Report of the veterinary officer investigating camel disease
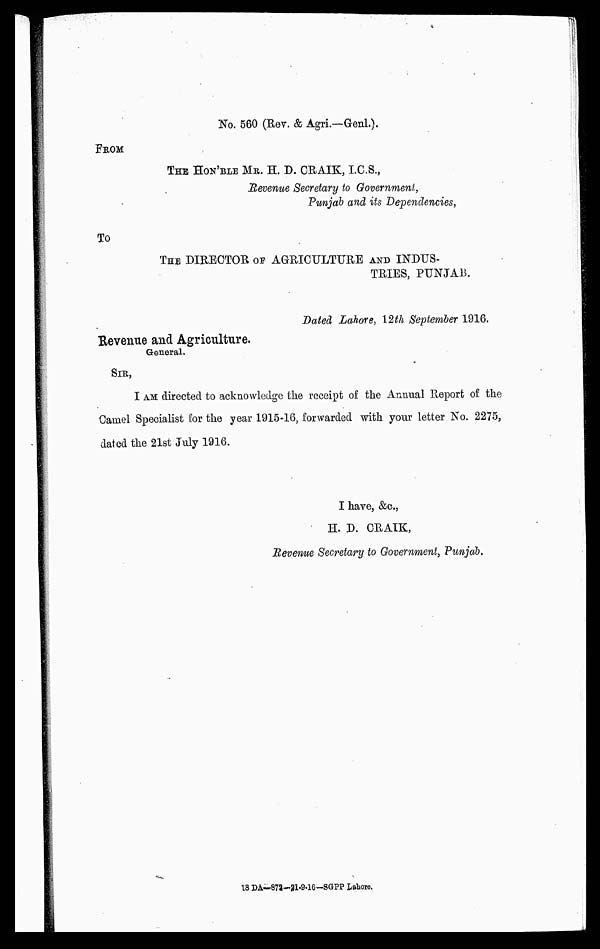
No. 560 (Rev. & Agri.—Genl.).
FROM
THE HON'BLE MR. H. D. CRAIK, I.C.S.,
Revenue Secretary to Government,
Punjab and its Dependencies,
To
THE DIRECTOR OF AGRICULTURE AND INDUS-
TRIES, PUNJAB.
Dated Lahore, 12th September 1916.
Revenue and Agriculture.
General.
SIR,
I AM directed to acknowledge the receipt of the Annual Report of the
Camel Specialist for the year 1915-16, forwarded with your letter No. 2275,
dated the 21st July 1916.
I have, &c,
H. D. CRAIK,
Revenue Secretary to Government, Punjab.
18 DA—872-21-9-16—SGPP Lahore.